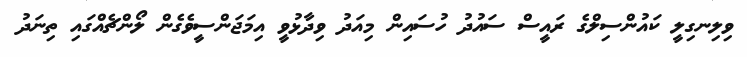
ވިލިނގިލީ ކައުންސިލްގެ ރައީސް ސައުދު ހުސައިން މިއަދު ވިދާޅުވީ އިމަޖަންސީވެގެން ލޯންޗެއްގައި ތިނަދު